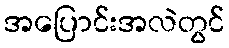
အပြောင်းအလဲတွင်